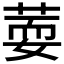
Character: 𦵘